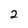
Character: 2